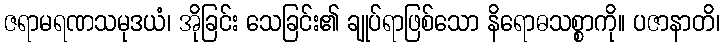
ဇရာမရဏသမုဒယံ၊ အိုခြင်း သေခြင်း၏ ချုပ်ရာဖြစ်သော နိရောဓသစ္စာကို။ ပဇာနာတိ၊